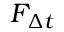
F _ { \Delta t }